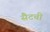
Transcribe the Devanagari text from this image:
सैटची